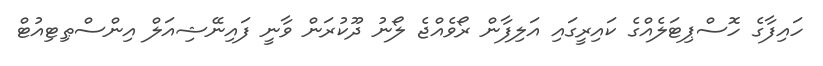
ހައިފާގެ ހޮސްޕިޓަލެއްގެ ކައިރީގައި އަލިފާން ރޯވެއްޖެ ލޯނު ދޫކުރަން ވާނީ ފައިނޭޝިއަލް އިންސްޠިޓިއުޓް